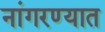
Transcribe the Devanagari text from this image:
नांगरण्यात